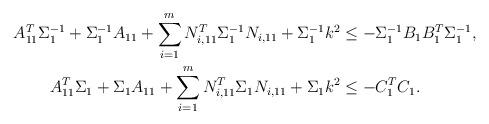
LaTeX: \begin{align*} A_{11}^T \Sigma_1^{-1}+\Sigma_1^{-1}A_{11}+\sum_{i=1}^m N_{i, 11}^T \Sigma_1^{-1} N_{i, 11}+\Sigma_1^{-1} k^2 &\leq -\Sigma_1^{-1}B_1B_1^T\Sigma_1^{-1},\\ A_{11}^T \Sigma_1+\Sigma_1 A_{11}+\sum_{i=1}^m N_{i, 11}^T \Sigma_1 N_{i, 11}+\Sigma_1 k^2 &\leq -C_1^TC_1. \end{align*}